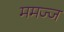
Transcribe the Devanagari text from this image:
ममज्ज